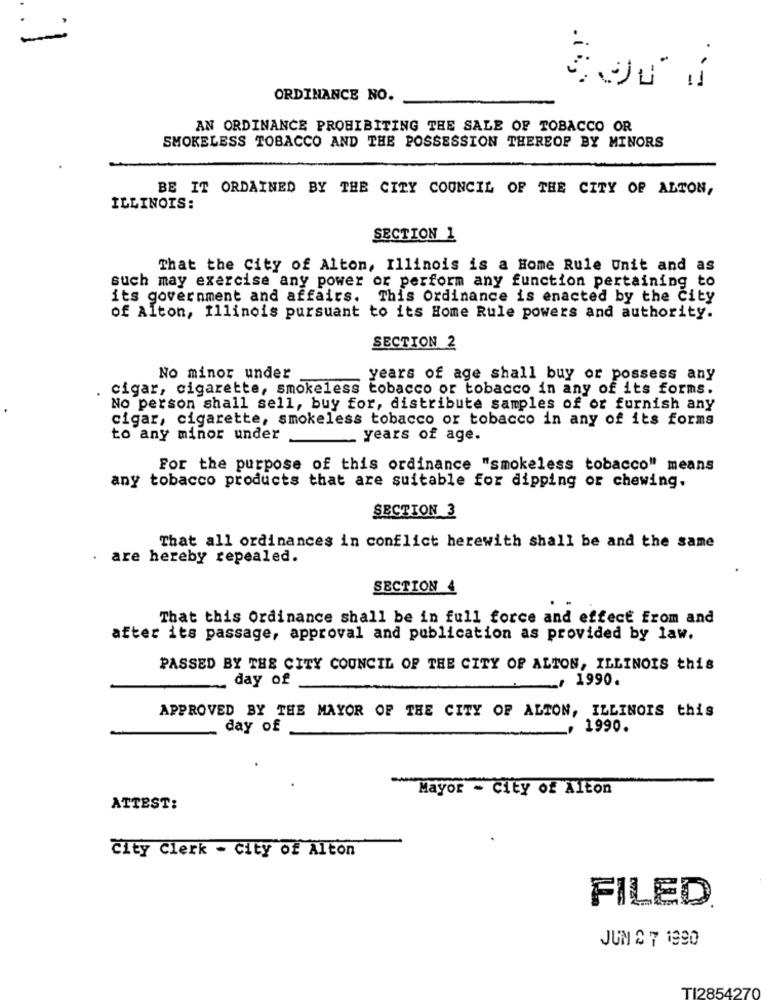
ORDINANCE NO.
AN ORDINANCE PROHIBITING THE SALE OF TOBACCO OR
SMOKELESS TOBACCO AND THE POSSESSION THEREOF BY MINORS
BE IT ORDAINED BY THE CITY COUNCIL OF THE CITY OF ALTON,
ILLINOIS:
SECTION 1
That the City of Alton, Illinois is a Home Rule Unit and as
such may exercise any power or perform any function pertaining to
its government and affairs. This Ordinance is enacted by the City
of Alton, Illinois pursuant to its Home Rule powers and authority.
SECTION 2
No minor under
years of age shall buy or possess any
. cigar, cigarette, smokeless tobacco or tobacco in any of its forms.
No person shall sell, buy for, distribute samples of or furnish any
cigar, cigarette, smokeless tobacco or tobacco in any of its forms
to any minor under
years of age.
For the purpose of this ordinance "smokeless tobacco" means
any tobacco products that are suitable for dipping or chewing.
SECTION 3
That all ordinances in conflict herewith shall be and the same
. are hereby repealed.
SECTION 4
That this Ordinance shall be in full force and effect from and
after its passage, approval and publication as provided by law.
PASSED BY THE CITY COUNCIL OF THE CITY OF ALION, ILLINOIS this
day of
. 1990.
APPROVED BY THE MAYOR OF THE CITY OF ALTON, ILLINOIS this
day of
1990.
Mayor - City of Alton
ATTEST:
City Clerk - City of Alton
FILED
JUN & 7 1990
TI2854270